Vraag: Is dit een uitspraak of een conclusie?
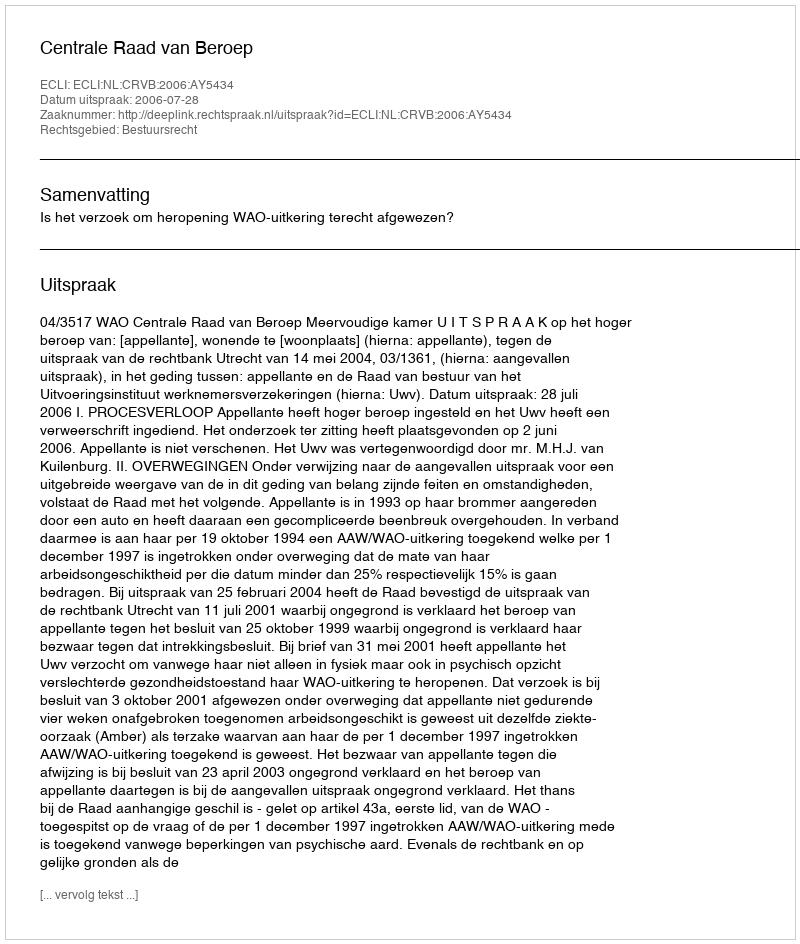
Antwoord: Uitspraak